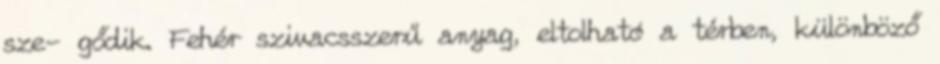
sze- gődik. Fehér szivacsszerű anyag, eltolható a térben, különböző